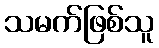
သမက်ဖြစ်သူ